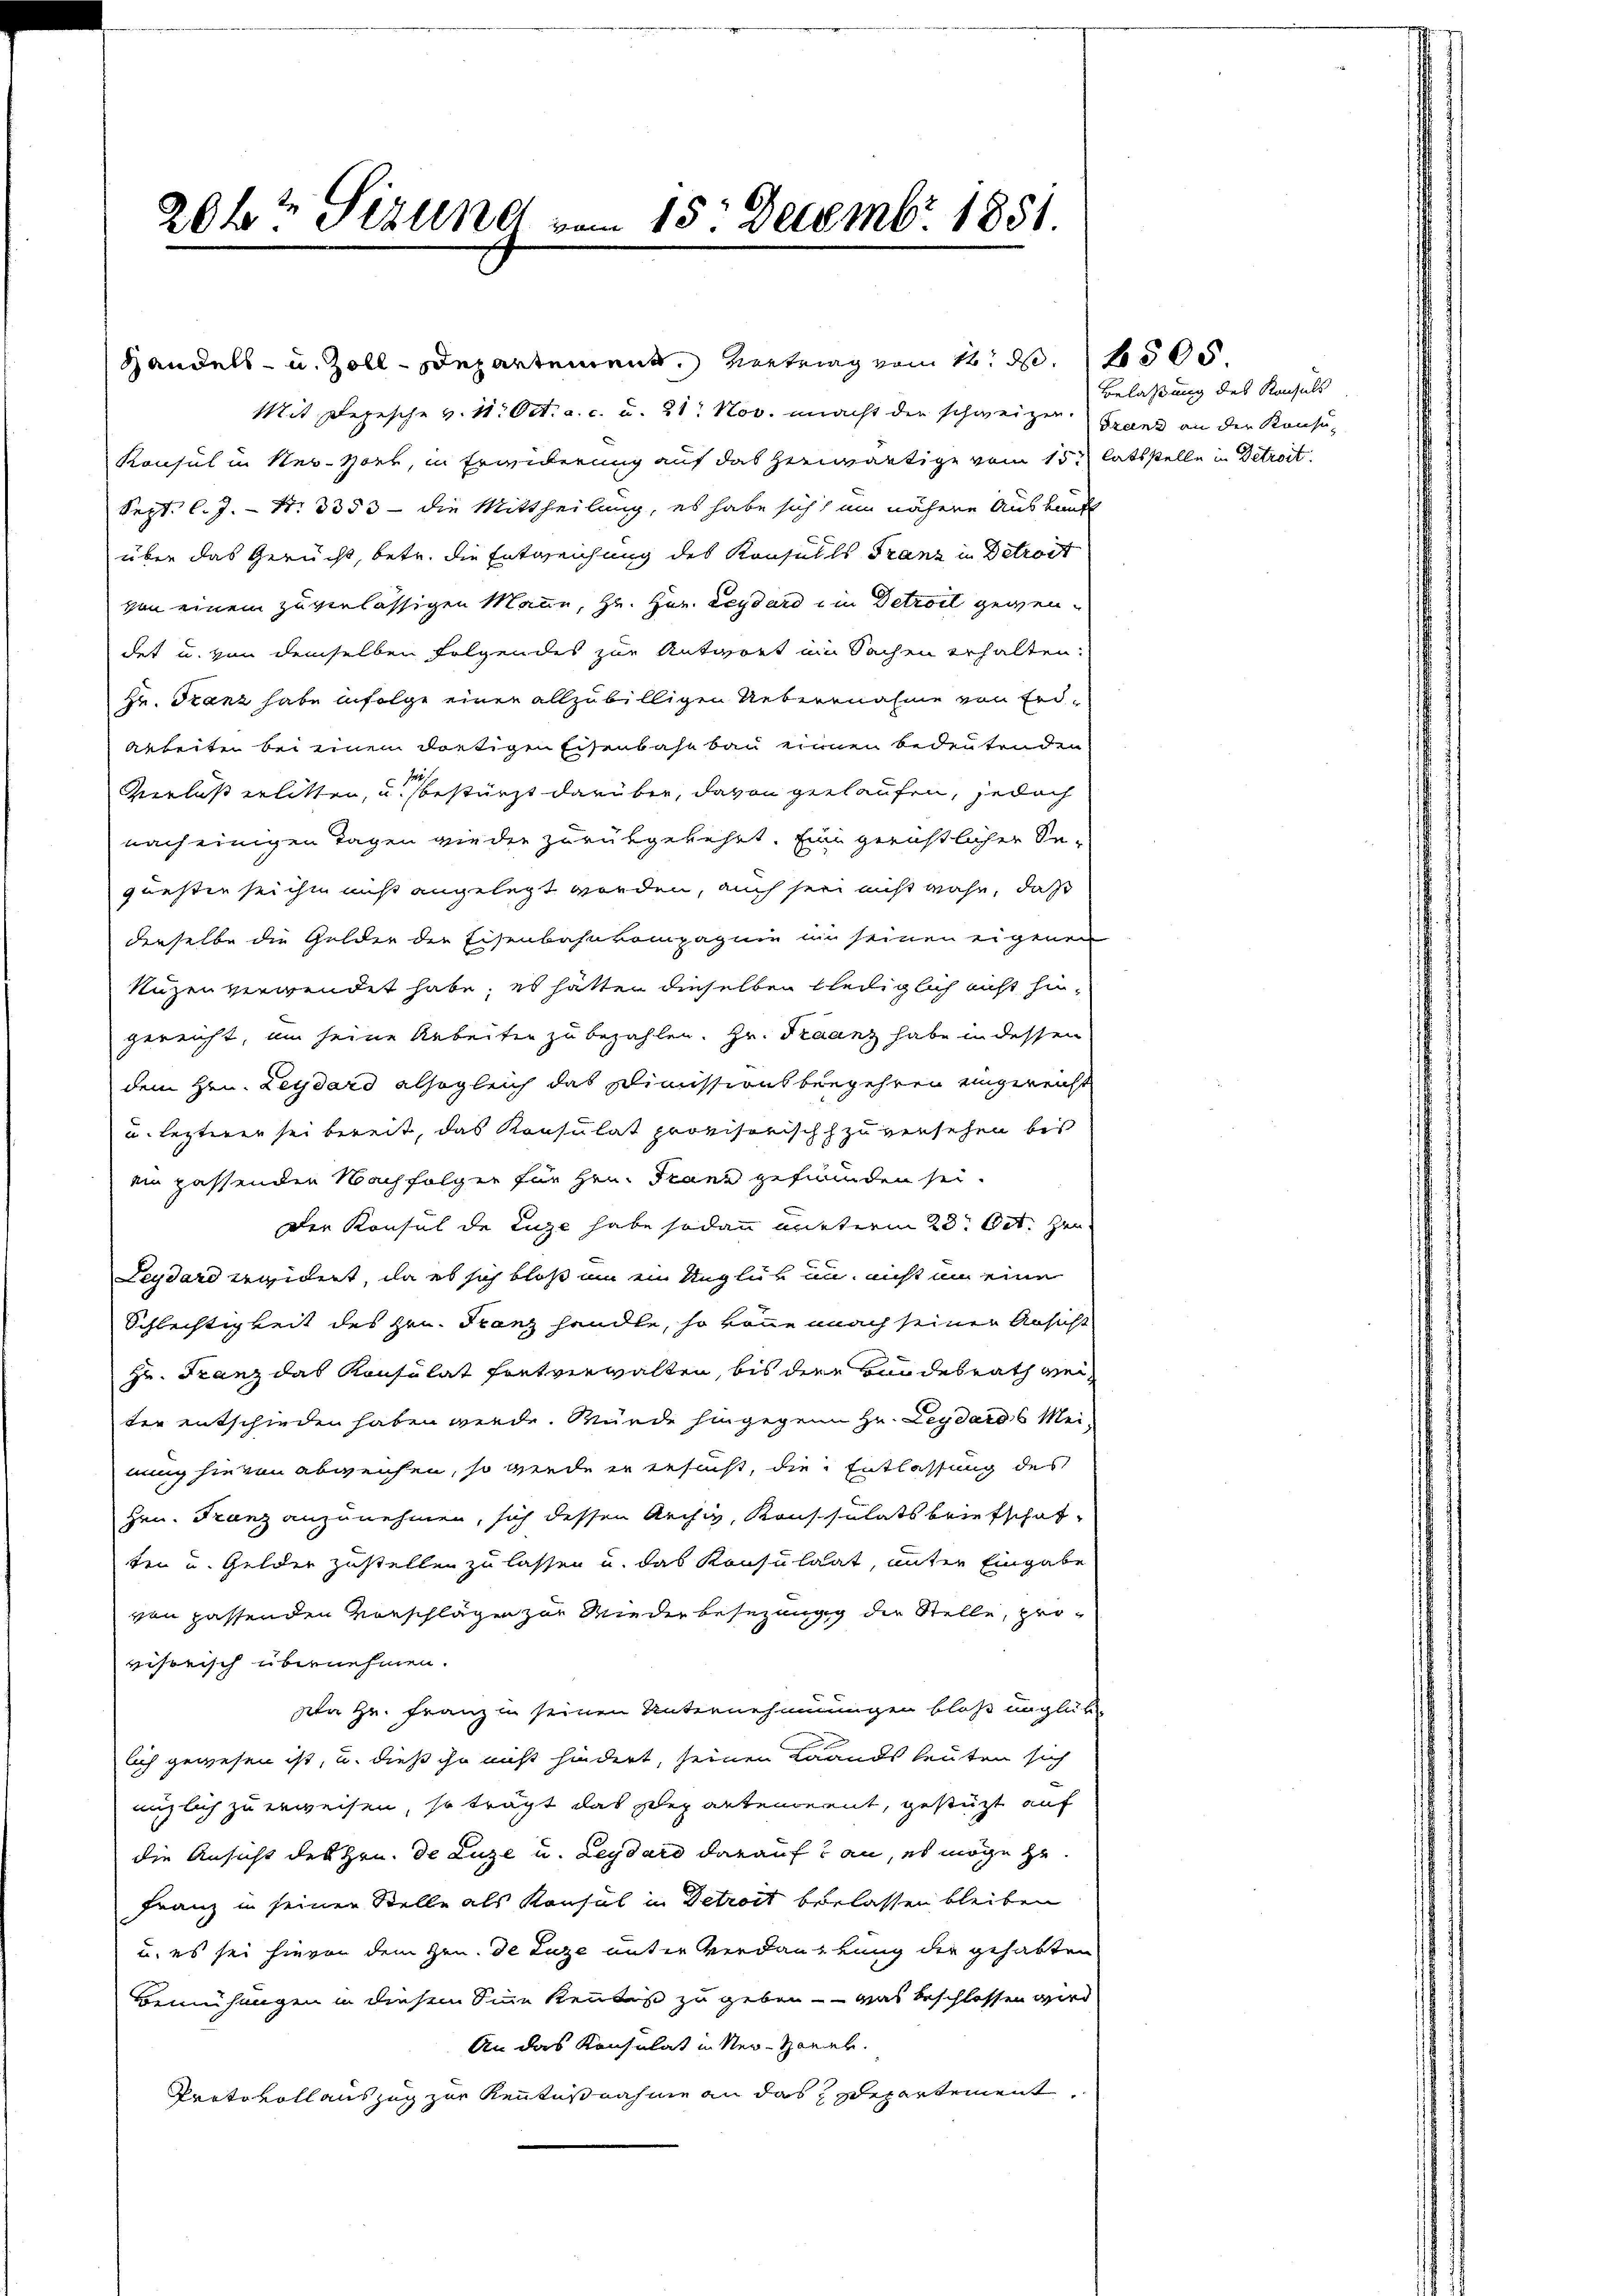
204 Sizung vom 15. Decembr. 1851.

Konsul in New-York, in Erwiderung auf das herwärtige vom 15t latsstelle in Detroit.
Sept. l.J. - N. 3353 - die Mittheilung, es habe sich um nähere Auskunft
über das Gerucht, betr. die Entweichung des Konsulls Franz in Detrost
von einem zuverlässigen Mann, Hr. Hr. Leydard in Detroll gewendet u. von demselben folgendes zur Antwort ein Sachen erhalten:
Hr. Franz habe infolge einer allzubilligen Uebernahme von Erd-
Arbeiten bei einem dortigen Eisenbahnbau einen bedeutenden
10.
Verlaß erlitten, u. bestürzt darüber, davon gelaufen, jedoch
nach einigen Tagen wieder zurükgekehrt. Eine gerichtlicher Se-
questen sei ihm nicht angelegt worden, auch sei nicht wahr, daß
derselbe die Gelder der Eisenbahnkompagnie in seinen eigenen
Nuzen verwendet habe, es hatten dieselben bleiliglich nicht hingereicht, um seine Arbeiten zu bezahlen. Hr. Fraanz habe in dessen
dem Hrn. Leydard alsogleich das Dimissionsbegehren eingereicht
u. lezterer sei bereit, das Konsulat provisorischch zuversehen bis
ein passenden Nachfolger für Hrn. Franz gefunden sei.
Der Konsul de Luze habe sodann mutterm 23. Oct. zur
Leydard erwidert, da es sich bloß um ein Unglük um nicht um eine
Schlechtigkeit des Hrn. Franz handle, so könne nach seiner Ansicht
zr. Franz das Konsulat fortverwalten, bis die Bundesrath werter entschieden haben werde. Würde hingegenn Hr. Leydarob Meinung hievon abweichen, so werde er ersucht, die Entlassung des
Hrn. Franz anzunehmen, sich dessen Archiv, Konsulatsbriefschaften u. Gelder zustellen zu lassen u. das Konsulaat, unter Eingabe
von passenden Vorschläge zur Wieder besezung die Stelle, provisorisch übernehmen.
Da Hr. Franz in seinen Unternehmungen bloß unglük
lich gewesen ist, u. dieß ihn nicht hindert, seinen Lands leuten sich
miglich zu erweisen, so trägt das Departement, gestützt auf
die Ansicht des Hrn. De Luze u. Leydard darauf an, es möge zu¬
Franz in seiner Stelle als Konsul in Detroit berlassen bleiben
u. es sei hievon dem Zen. de Luze unter Verdankung der gehabten
Bemühungen in diesem Sine Kenntniß zu geben - was beschlossen wird
An das Konsulat in Ner-Hanek.
Protokoll auszug zur Kenntnißnahme an das Departement

Handels- u. Zoll-Departement. Vertrag vom 12. d. 1500.
Mit Depesche v. 11. Oct. a. c. u. 21. Nov. macht der schweizer. Grand an der Konsu¬

Belassung des Konsuls